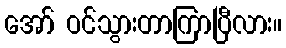
အော် ဝင်သွားတာကြာပြီလား။